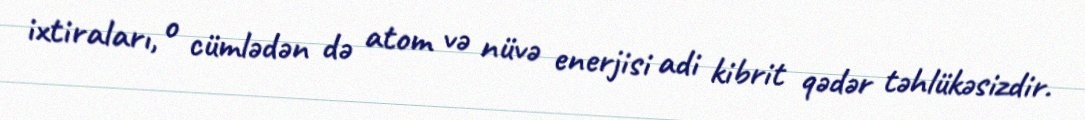
ixtiraları, o cümlədən də atom və nüvə enerjisi adi kibrit qədər təhlükəsizdir.